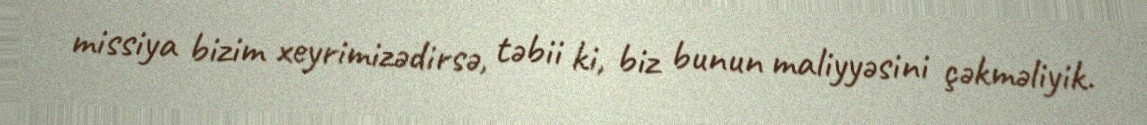
missiya bizim xeyrimizədirsə, təbii ki, biz bunun maliyyəsini çəkməliyik.